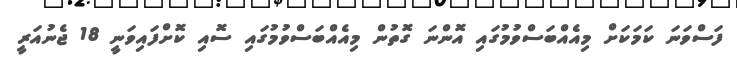
ފަސްވަނަ ކަމަކަށް މިއެއްބަސްވުމުގައި އޮންނަ ގޮތުން މިއެއްބަސްވުމުގައި ސޮއި ކޮށްފައިވަނީ 18 ޖެނުއަރީ